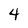
Character: 4